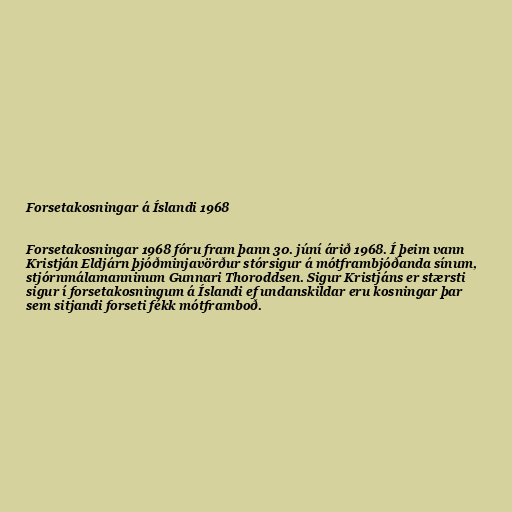
Forsetakosningar á Íslandi 1968

Forsetakosningar 1968 fóru fram þann 30. júní árið 1968. Í þeim vann
Kristján Eldjárn þjóðminjavörður stórsigur á mótframbjóðanda sínum,
stjórnmálamanninum Gunnari Thoroddsen. Sigur Kristjáns er stærsti
sigur í forsetakosningum á Íslandi ef undanskildar eru kosningar þar
sem sitjandi forseti fékk mótframboð.